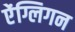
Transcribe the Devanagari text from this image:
ऐंग्लिगन